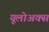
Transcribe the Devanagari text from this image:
यूलोअक्स